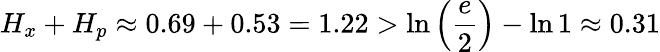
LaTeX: H_{x}+H_{p}\approx 0.69+0.53=1.22>\ln\left({\frac{e}{2}}\right)-\ln 1\approx 0.31